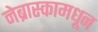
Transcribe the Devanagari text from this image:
नेब्रास्कामधून